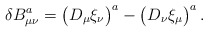
\begin{align*}\delta B_{\mu\nu}^a=\bigl(D_\mu\xi_\nu\bigr)^a-\bigl(D_\nu\xi_\mu\bigr)^a\,.\end{align*}